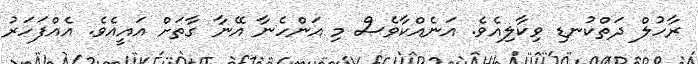
ރާހުލް ދަތްކުނޑި ވިކާލިއެވެ. އަނެއްކާވެސް މި އަންހެނާ އޭނާ ގާތަށް އައީއެވެ. އެއްފަހަރު